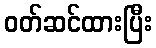
ဝတ်ဆင်ထားပြီး